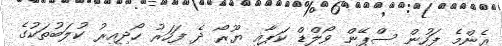
އެންމެ ފަހުން ސްޕޭން ވޯލްޑް ކަޕާއި ޔޫރޯ ދެ ފަހަރު ހޯދިއިރު ކުލަބުތަކުގެ